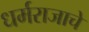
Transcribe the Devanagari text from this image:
धर्मराजाचे